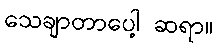
သေချာတာပေါ့ ဆရာ။